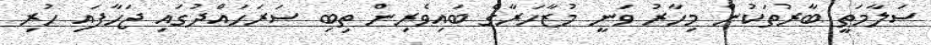
ސަލާމަތީ ބާރުތަކުން މިހާރު ވަނީ މުޒާހަރާގެ ބައިވެރިން ތިބި ސަރަހައްދުގައި ޖަހާފައި ހުރި